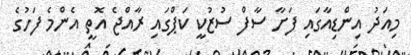
މިއަދު އިންޑިއާގައި ފަށާ ސާފް ސުޒުކީ ކަޕްގައި ރާއްޖެ އޮތީ އެންމެ ފަހުގެ